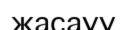
жасауу